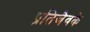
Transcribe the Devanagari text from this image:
प्रतिजैवके